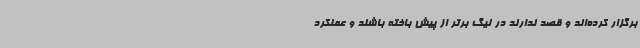
برگزار کرده‌اند و قصد ندارند در لیگ برتر از پیش باخته باشند و عملکرد